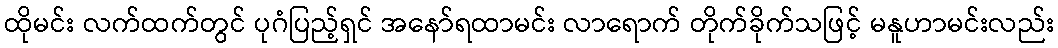
ထိုမင်း လက်ထက်တွင် ပုဂံပြည့်ရှင် အနော်ရထာမင်း လာရောက် တိုက်ခိုက်သဖြင့် မနူဟာမင်းလည်း